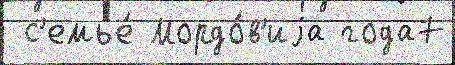
 с'емье́ Мордо́в'иjа года7